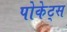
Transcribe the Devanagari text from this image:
पोकेट्स